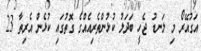
އަގުއޭރޯ މި ލަނޑު ޖެހީ ބަދަލު ކުޅުންތެރިއެއްގެ ގޮތުގައި ކުޅެން އެރިތާ 23